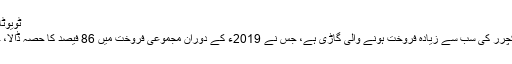
ٹویوٹا انڈس کی مجموعی فروخت میں ہر ماڈل کا حصہ:
جیسا کہ ہم نے پہلے بتایا کہ کرولا اِس آٹو مینوفیکچرر کی سب سے زیادہ فروخت ہونے والی گاڑی ہے، جس نے 2019ء کے دوران مجموعی فروخت میں 86 فیصد کا حصہ ڈالا، جو پچھلے سال کے مقابلے میں 3 فیصد زیادہ ہے۔